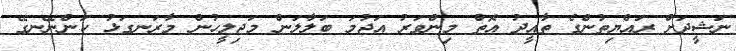
ނަޝީދަށް ރައްޔިތުންގެ ތާއީދުު އޮތް މިންވަރު އަޖުމަ ބަލާލަން މަޖިލީހުން މާރަނގަޅު ކަންނޭނގޭ